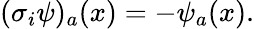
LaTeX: (\sigma_{i}\psi)_{a}(x)=-\psi_{a}(x).